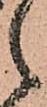
之